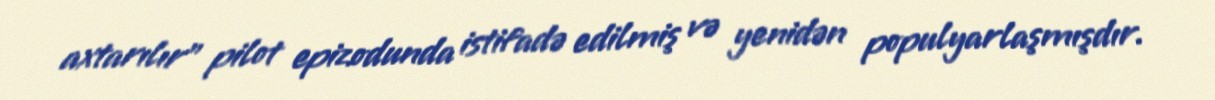
axtarılır" pilot epizodunda istifadə edilmiş və yenidən populyarlaşmışdır.